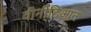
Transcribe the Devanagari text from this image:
वीनीटिआन